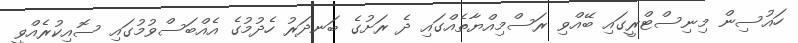
ހައުސިން މިނިސްޓްރީގައި ބޭއްވި ރަސްމިއްޔާތެއްގައި ދެ ރަށުގެ ބަނދަރު ހެދުމުގެ އެއްބަސްވުމުގައި ސޮއިކުރެއްވީ